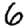
Digit: 6